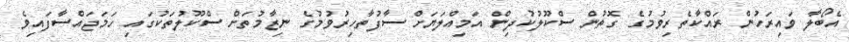
އެބޯލާ ވައިރަހުން ރައްކާތެރިވުމުގެ ގޮތުން ސްކޫލުކުދިން އަމިއްލަޔަށް ސާފުތާހިރުވުމުގެ ނިޒާމުތަށް ސްކޫލުތަކުގައި ހަމަޖައްސާފައިވެ